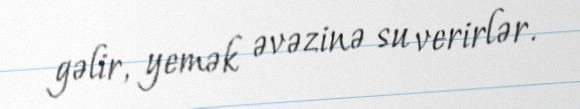
gəlir, yemək əvəzinə su verirlər.